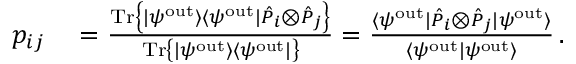
\begin{array} { r l } { p _ { i j } } & { { } = \frac { \mathrm { T r } \left\{ | \psi ^ { \mathrm { o u t } } \rangle \langle \psi ^ { \mathrm { o u t } } | \hat { P } _ { i } \otimes \hat { P } _ { j } \right\} } { \mathrm { T r } \left\{ | \psi ^ { \mathrm { o u t } } \rangle \langle \psi ^ { \mathrm { o u t } } | \right\} } = \frac { \langle \psi ^ { \mathrm { o u t } } | \hat { P } _ { i } \otimes \hat { P } _ { j } | \psi ^ { \mathrm { o u t } } \rangle } { \langle \psi ^ { \mathrm { o u t } } | \psi ^ { \mathrm { o u t } } \rangle } \, . } \end{array}